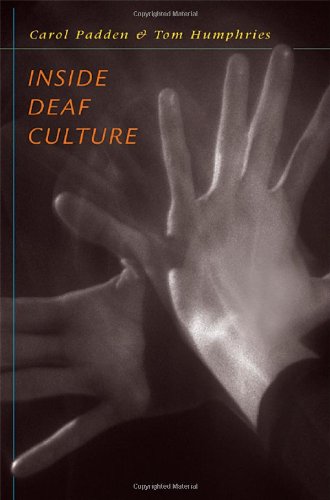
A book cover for Inside Deaf Culture; Carol A. Padden; Medical Books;